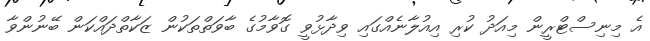
އެ މިނިސްޓްރީން މިއަދު ކުރި އިއުލާނެއްގައި ވިދާޅުވީ ގޮވާމުގެ ބާވަތްތަކުން ޒަކާތްދައްކަން ބޭނުންވާ